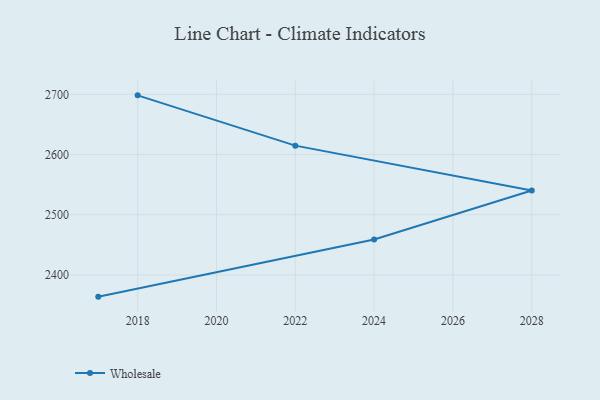
{"axis": {"x": "Year", "y": "Headcount"}, "legend": ["Wholesale"], "data": [{"x": "2017", "y": 2364.0, "type": "Wholesale"}, {"x": "2024", "y": 2459.0, "type": "Wholesale"}, {"x": "2028", "y": 2540.4, "type": "Wholesale"}, {"x": "2022", "y": 2614.8, "type": "Wholesale"}, {"x": "2018", "y": 2698.3, "type": "Wholesale"}]}